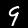
Label: 9